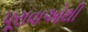
પૂરાવાઓથી